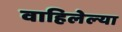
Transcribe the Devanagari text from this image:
वाहिलेल्‍या